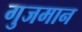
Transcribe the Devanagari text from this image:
गुजमान